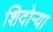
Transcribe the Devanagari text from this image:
शिदोऱ्या